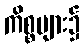
ကိစ္စများ၌